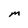
Character: M